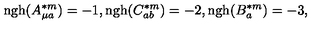
\mathrm { n g h } ( A _ { \mu a } ^ { \ast m } ) = - 1 , \mathrm { n g h } ( C _ { a b } ^ { \ast m } ) = - 2 , \mathrm { n g h } ( B _ { a } ^ { \ast m } ) = - 3 ,